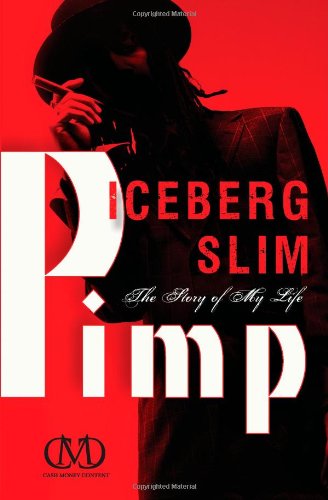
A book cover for Pimp: The Story of My Life; Iceberg Slim; Biographies & Memoirs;